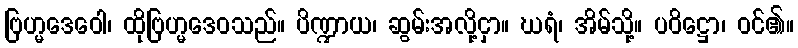
ဗြဟ္မဒေဝေါ၊ ထိုဗြဟ္မဒေဝသည်။ ပိဏ္ဍာယ၊ ဆွမ်းအလို့ငှာ။ ဃရံ၊ အိမ်သို့။ ပဝိဋ္ဌော၊ ဝင်၏။